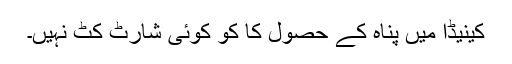
کینیڈا میں پناہ کے حصول کا کو کوئی شارٹ کٹ نہیں۔